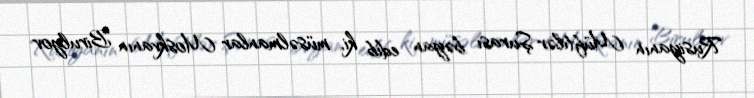
Rusiyanın Müftilər Şurası bəyan edib ki, müsəlmanlar Moskvanın Birulyov